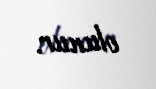
olunur.